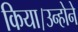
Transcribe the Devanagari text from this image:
किया।उन्होने